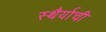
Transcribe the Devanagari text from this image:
स्थैर्याची